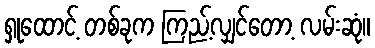
ရှုထောင့် တစ်ခုက ကြည့်လျှင်တော့ လမ်းဆုံ။